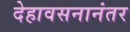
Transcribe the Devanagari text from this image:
देहावसनानंतर